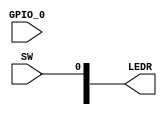
module input_receiver(SW, LEDR, GPIO_0);
	input [0:0] SW;
	input [0:0] GPIO_0;
	output [9:0] LEDR;
	
	assign LEDR[0] = SW[0];
	
	assign LEDR[9] = 
	GPIO_0[0];
	
endmodule